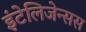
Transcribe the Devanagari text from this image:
इंटेलिजेन्सस